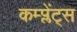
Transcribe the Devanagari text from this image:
कम्प्लेंट्स